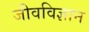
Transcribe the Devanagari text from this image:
जीवविज्ञान